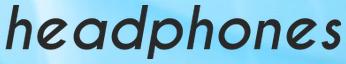
headphones